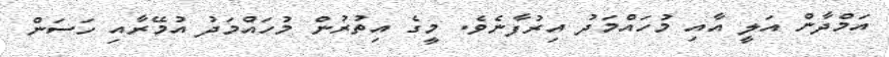
އަމްދާން އަލީ އާއި މުހައްމަދު އިރުފާނެވެ. މީގެ އިތުރުން މުހައްމަދު އުމޭރާއި ހަސަން